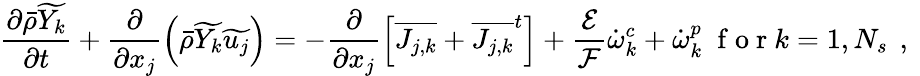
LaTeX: \frac{\partial\bar{\rho}\widetilde{Y_{k}}}{\partial t}+\frac{\partial}{\partial x_{j}}\left(\bar{\rho}\widetilde{Y_{k}}\widetilde{u_{j}}\right)=-\frac{\partial}{\partial x_{j}}\left[\overline{{J_{j,k}}}+{\overline{{J_{j,k}}}^{t}}\right]+\frac{\mathcal{E}}{\mathcal{F}}\dot{\omega}_{k}^{c}+\dot{\omega}_{k}^{p}\; \mathrm{~f~o~r~}k=1,N_{s}\, \mathrm{~,~}